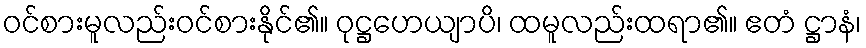
ဝင်စားမူလည်းဝင်စားနိုင်၏။ ဝုဋ္ဌဟေယျာပိ၊ ထမူလည်းထရာ၏။ ဧတံ ဋ္ဌာနံ၊